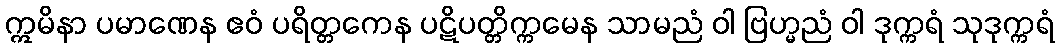
ဣမိနာ ပမာဏေန ဧဝံ ပရိတ္တကေန ပဋိပတ္တိက္ကမေန သာမညံ ဝါ ဗြဟ္မညံ ဝါ ဒုက္ကရံ သုဒုက္ကရံ